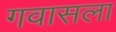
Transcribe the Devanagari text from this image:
गवासला